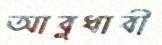
আবুধাবী